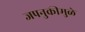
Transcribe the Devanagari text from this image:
जपनुकीमुळे